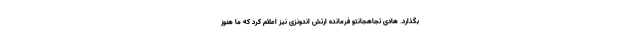
بگذارد. هادی تجاهجانتو فرمانده ارتش اندونزی نیز اعلام کرد که ما هنوز